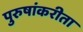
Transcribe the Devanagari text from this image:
पुरुषांकरीता